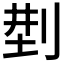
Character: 𠜚